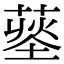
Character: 𦹨